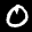
Label: 0